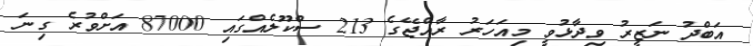
އަބްދު ނަޒީރު ވިދާޅުވީ މިއަހަރު ރާއްޖޭގެ 213 ސްކޫލެއްގައި 87000 އަށްވުރެ ގިނަ